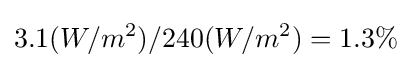
3.1(W/m^{2})/240(W/m^{2})=1.3\%